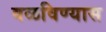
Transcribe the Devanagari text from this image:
वळविण्यास